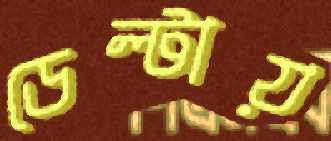
ডেল্টায়